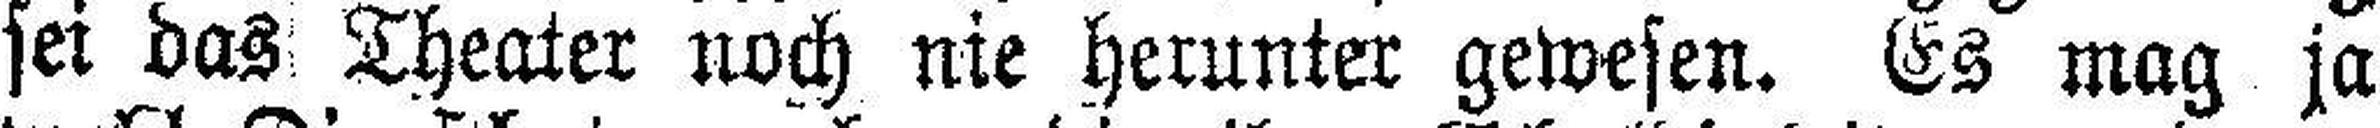
sei das Theater noch nie herunter gewesen. Es mag ja